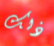
ذلك